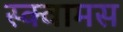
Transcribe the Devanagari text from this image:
स्क्वामस